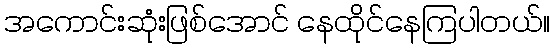
အကောင်းဆုံးဖြစ်အောင် နေထိုင်နေကြပါတယ်။